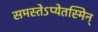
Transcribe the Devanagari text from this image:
समस्तेऽप्येतस्मिन्